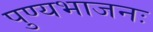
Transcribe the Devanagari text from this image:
पुण्यभाजनः